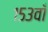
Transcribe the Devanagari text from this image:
१५३वाँ